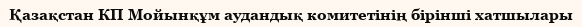
Қазақстан КП Мойынқұм аудандық комитетінің бірінші хатшылары